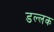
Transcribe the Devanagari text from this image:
डल्लक